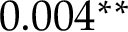
0 . 0 0 4 ^ { * * }